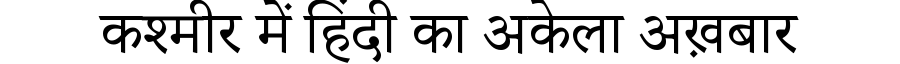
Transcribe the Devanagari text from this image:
कश्मीर में हिंदी का अकेला अख़बार